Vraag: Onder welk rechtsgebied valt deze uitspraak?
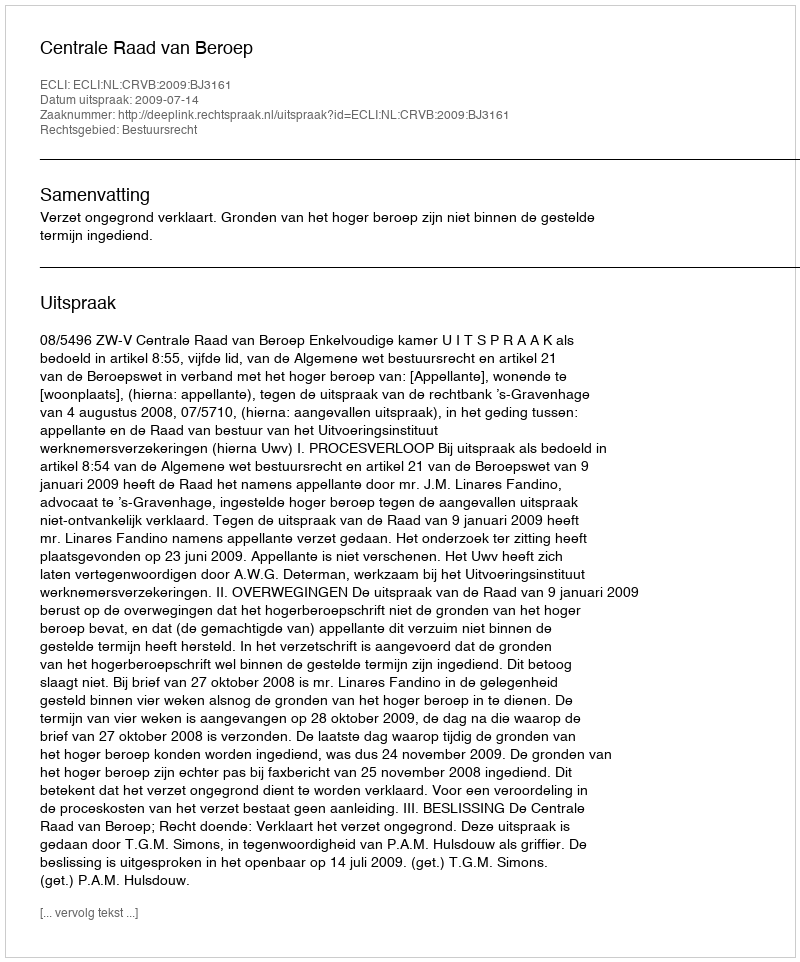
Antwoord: Bestuursrecht